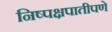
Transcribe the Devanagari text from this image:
निष्पक्षपातीपणे